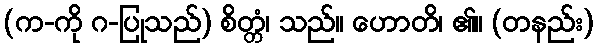
(က-ကို ဂ-ပြုသည်) စိတ္တံ၊ သည်။ ဟောတိ၊ ၏။ (တနည်း)